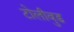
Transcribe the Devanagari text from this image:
टोलीवुड